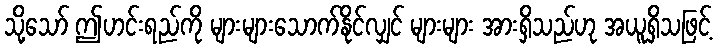
သို့သော် ဤဟင်းရည်ကို များများသောက်နိုင်လျှင် များများ အားရှိသည်ဟု အယူရှိသဖြင့်